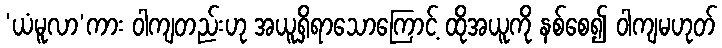
‘ယံမူလာ’ကား ဝါကျတည်းဟု အယူရှိရာသောကြောင့် ထိုအယူကို နစ်စေ၍ ဝါကျမဟုတ်